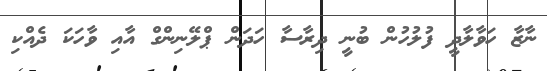
ނާޒާ ހަވާލާދީ ފުލުހުން ބުނީ ދިރާސާ ހަދަން ޕްލޭނިންގް އާއި ވާހަކަ ދެއްކި